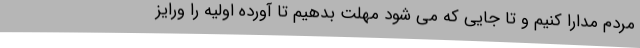
مردم مدارا کنیم و تا جایی که می شود مهلت بدهیم تا آورده اولیه را ورایز